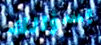
بسؤالك